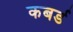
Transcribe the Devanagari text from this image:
कबर्ड